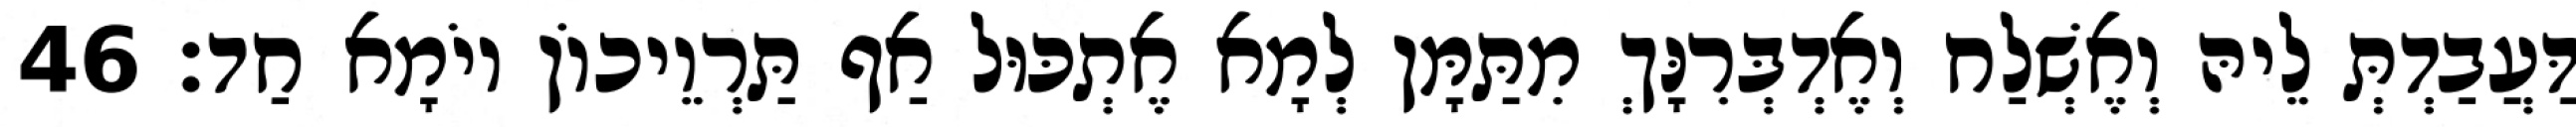
דַּעֲבַדְתְּ לֵיהּ וְאֶשְׁלַח וְאֶדְבְּרִנָּךְ מִתַּמָּן לְמָא אֶתְכּוּל אַף תַּרְוֵיכוֹן יוֹמָא חַד׃ 46